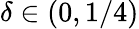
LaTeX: \delta\in(0,1/4)